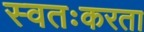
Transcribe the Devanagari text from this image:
स्वतःकरता